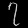
Digit: ၇